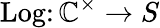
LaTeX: \operatorname{Log}\colon\mathbb{C}^{\times}\to S